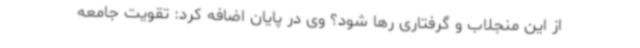
از این منجلاب و گرفتاری رها شود؟ وی در پایان اضافه کرد: تقویت جامعه